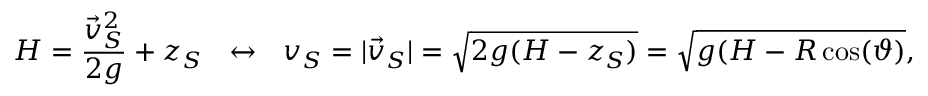
H = \frac { \vec { v } _ { S } ^ { 2 } } { 2 g } + z _ { S } ~ ~ \leftrightarrow ~ ~ v _ { S } = | \vec { v } _ { S } | = \sqrt { 2 g ( H - z _ { S } ) } = \sqrt { g ( H - R \cos ( \vartheta ) } ,